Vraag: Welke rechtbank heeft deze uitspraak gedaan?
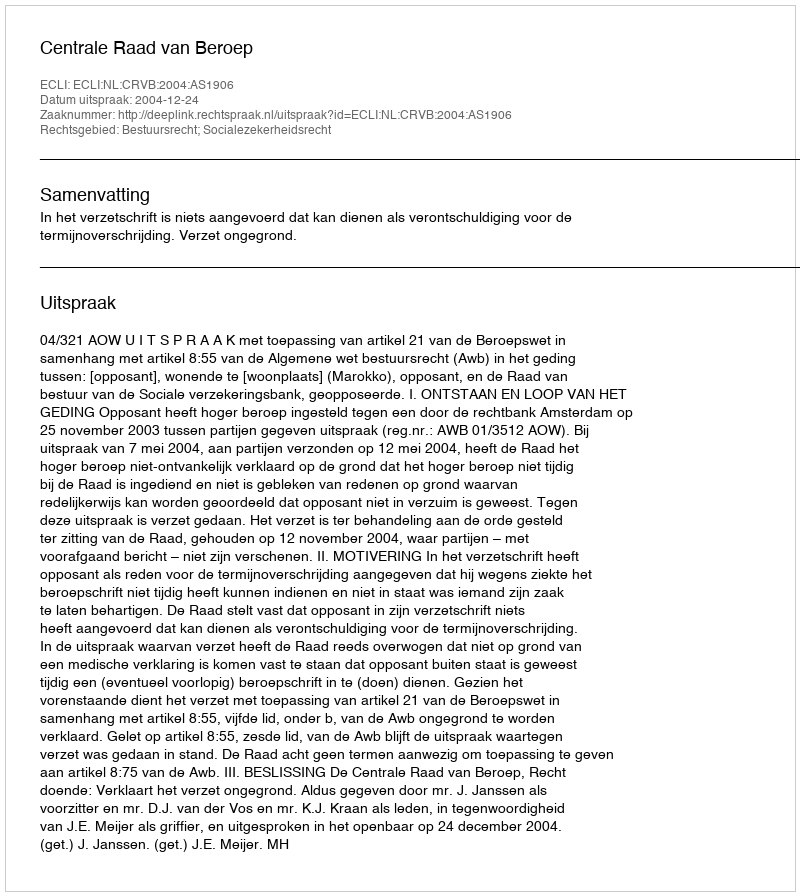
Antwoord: Centrale Raad van Beroep